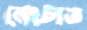
নেংচাত